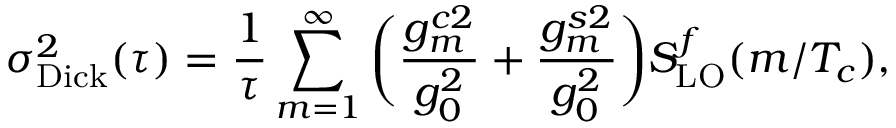
\sigma _ { \mathrm { D i c k } } ^ { 2 } ( \tau ) = \frac { 1 } { \tau } \sum _ { m = 1 } ^ { \infty } \bigg ( \frac { g _ { m } ^ { c 2 } } { g _ { 0 } ^ { 2 } } + \frac { g _ { m } ^ { s 2 } } { g _ { 0 } ^ { 2 } } \bigg ) S _ { \mathrm { L O } } ^ { f } ( m / T _ { c } ) ,